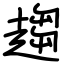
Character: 趨